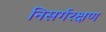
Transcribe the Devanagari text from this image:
निसर्गरक्षण